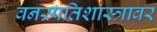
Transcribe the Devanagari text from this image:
वनस्पतिशास्त्रावर